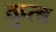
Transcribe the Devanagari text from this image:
कुत्ब